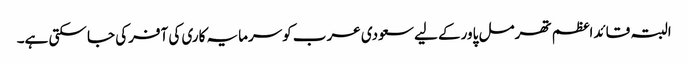
البتہ قائداعظم تھرمل پاورکے لیے سعودی عرب کوسرمایہ کاری کی آفرکی جا سکتی ہے۔